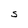
Character: S